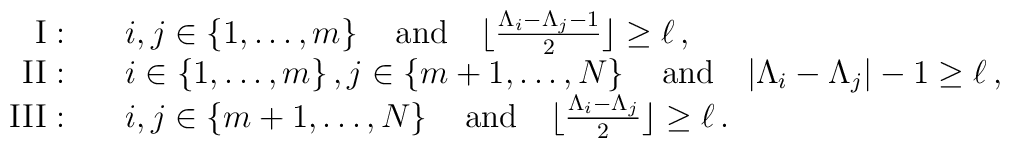
\begin{array}{rl} {\rm{I}}: & \quad i,j \in \{1,\dots,m \}\,  \quad {\rm{and}} \quad \lfloor \frac{\Lambda_i-\Lambda_j-1}{2}\rfloor \geq \ell \,,\cr {\rm{II}}: & \quad i \in \{1,\dots,m\} \, , j \in \{m+1,\dots,N \}\, \quad {\rm{and}} \quad |\Lambda_i-\Lambda_j|-1 \geq   \ell\,,\cr {\rm{III}}: & \quad i,j \in \{m+1,\dots,N \}\,  \quad {\rm{and}} \quad \lfloor \frac{\Lambda_i-\Lambda_j}{2}\rfloor \geq \ell \,.\cr \end{array}